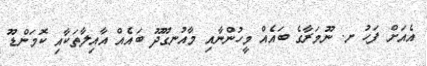
އެއަށް ފަހު ށ. ނޫމަރާގެ ބައެއް މީހުންނާއި މާއުނގޫދޫ ބައެއް އާއިލާތަކާއި ކޮމަންޑޫ